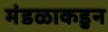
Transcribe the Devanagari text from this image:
मंडळाकडुन